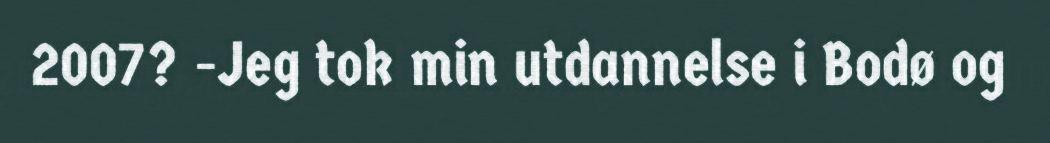
2007? -Jeg tok min utdannelse i Bodø og